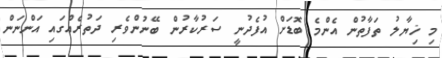
މި ޚިޔާލު ތަފާތުން އެންމެ ބޮޑަށް އުފެދުނީ ސަރުކާރުން ބޭނުންވެރި ދަތުރެއްގައި އަންނަން